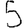
Digit: 5